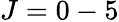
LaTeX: J=0-5